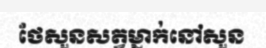
ថែសួនសត្វម្នាក់នៅសួន